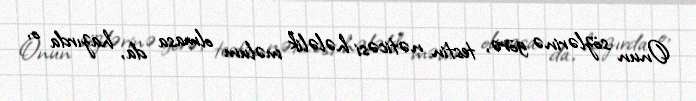
Onun sözlərinə görə, testin nəticəsi hələlik məlum olmasa da, hazırda o,